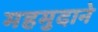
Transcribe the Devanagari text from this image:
महमुदाने